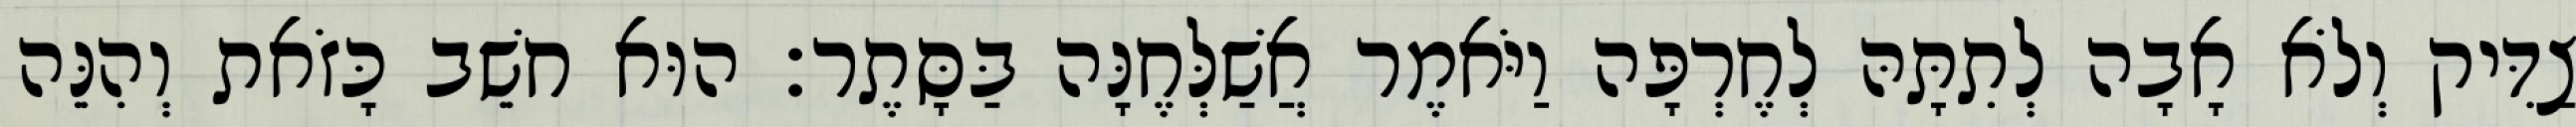
צַדִּיק וְלֹא אָבָה לְתִתָּהּ לְחֶרְפָּה וַיֹּאמֶר אֲשַׁלְּחֶנָּה בַּסָּתֶר׃ הוּא חשֵׁב כָּזֹאת וְהִנֵּה